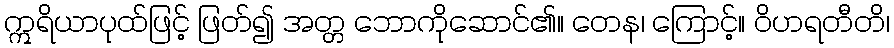
ဣရိယာပုထ်ဖြင့် ဖြတ်၍ အတ္တ ဘောကိုဆောင်၏။ တေန၊ ကြောင့်။ ဝိဟရတီတိ၊